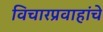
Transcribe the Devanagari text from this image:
विचारप्रवाहांचे